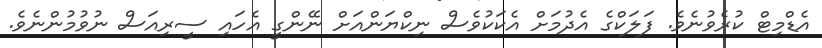
އެޑްމިޓް ކުރެވުނެވެ. ފަަލަކްގެ އެދުމަށް އެކަކުވެސް ނިކްޔަންއަށް ނޭންގީ އެހައި ސީރިއަސް ނުވުމުންނެވެ.